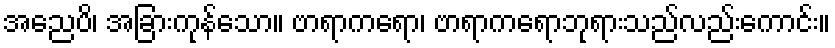
အညေပိ၊ အခြားကုန်သော။ ဗာရာကရော၊ ဗာရာကရောဘုရားသည်လည်းကောင်း။